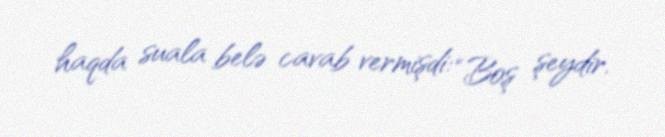
haqda suala belə cavab vermişdi: “Boş şeydir.